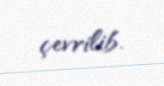
çevrilib.